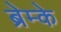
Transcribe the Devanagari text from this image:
ब्रेम्के